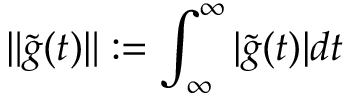
\| \tilde { g } ( t ) \| : = \int _ { \infty } ^ { \infty } | \tilde { g } ( t ) | d t